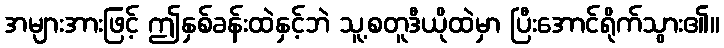
အများအားဖြင့် ဤနှစ်ခန်းထဲနှင့်ဘဲ သူ့စတူဒီယိုထဲမှာ ပြီးအောင်ရိုက်သွား၏။